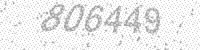
Solution: 806449